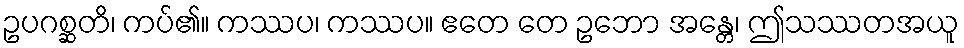
ဥပဂစ္ဆတိ၊ ကပ်၏။ ကဿပ၊ ကဿပ။ ဧတေ တေ ဥဘော အန္တေ၊ ဤသဿတအယူ